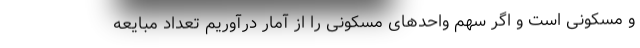
و مسکونی است و اگر سهم واحدهای مسکونی را از آمار درآوریم تعداد مبایعه